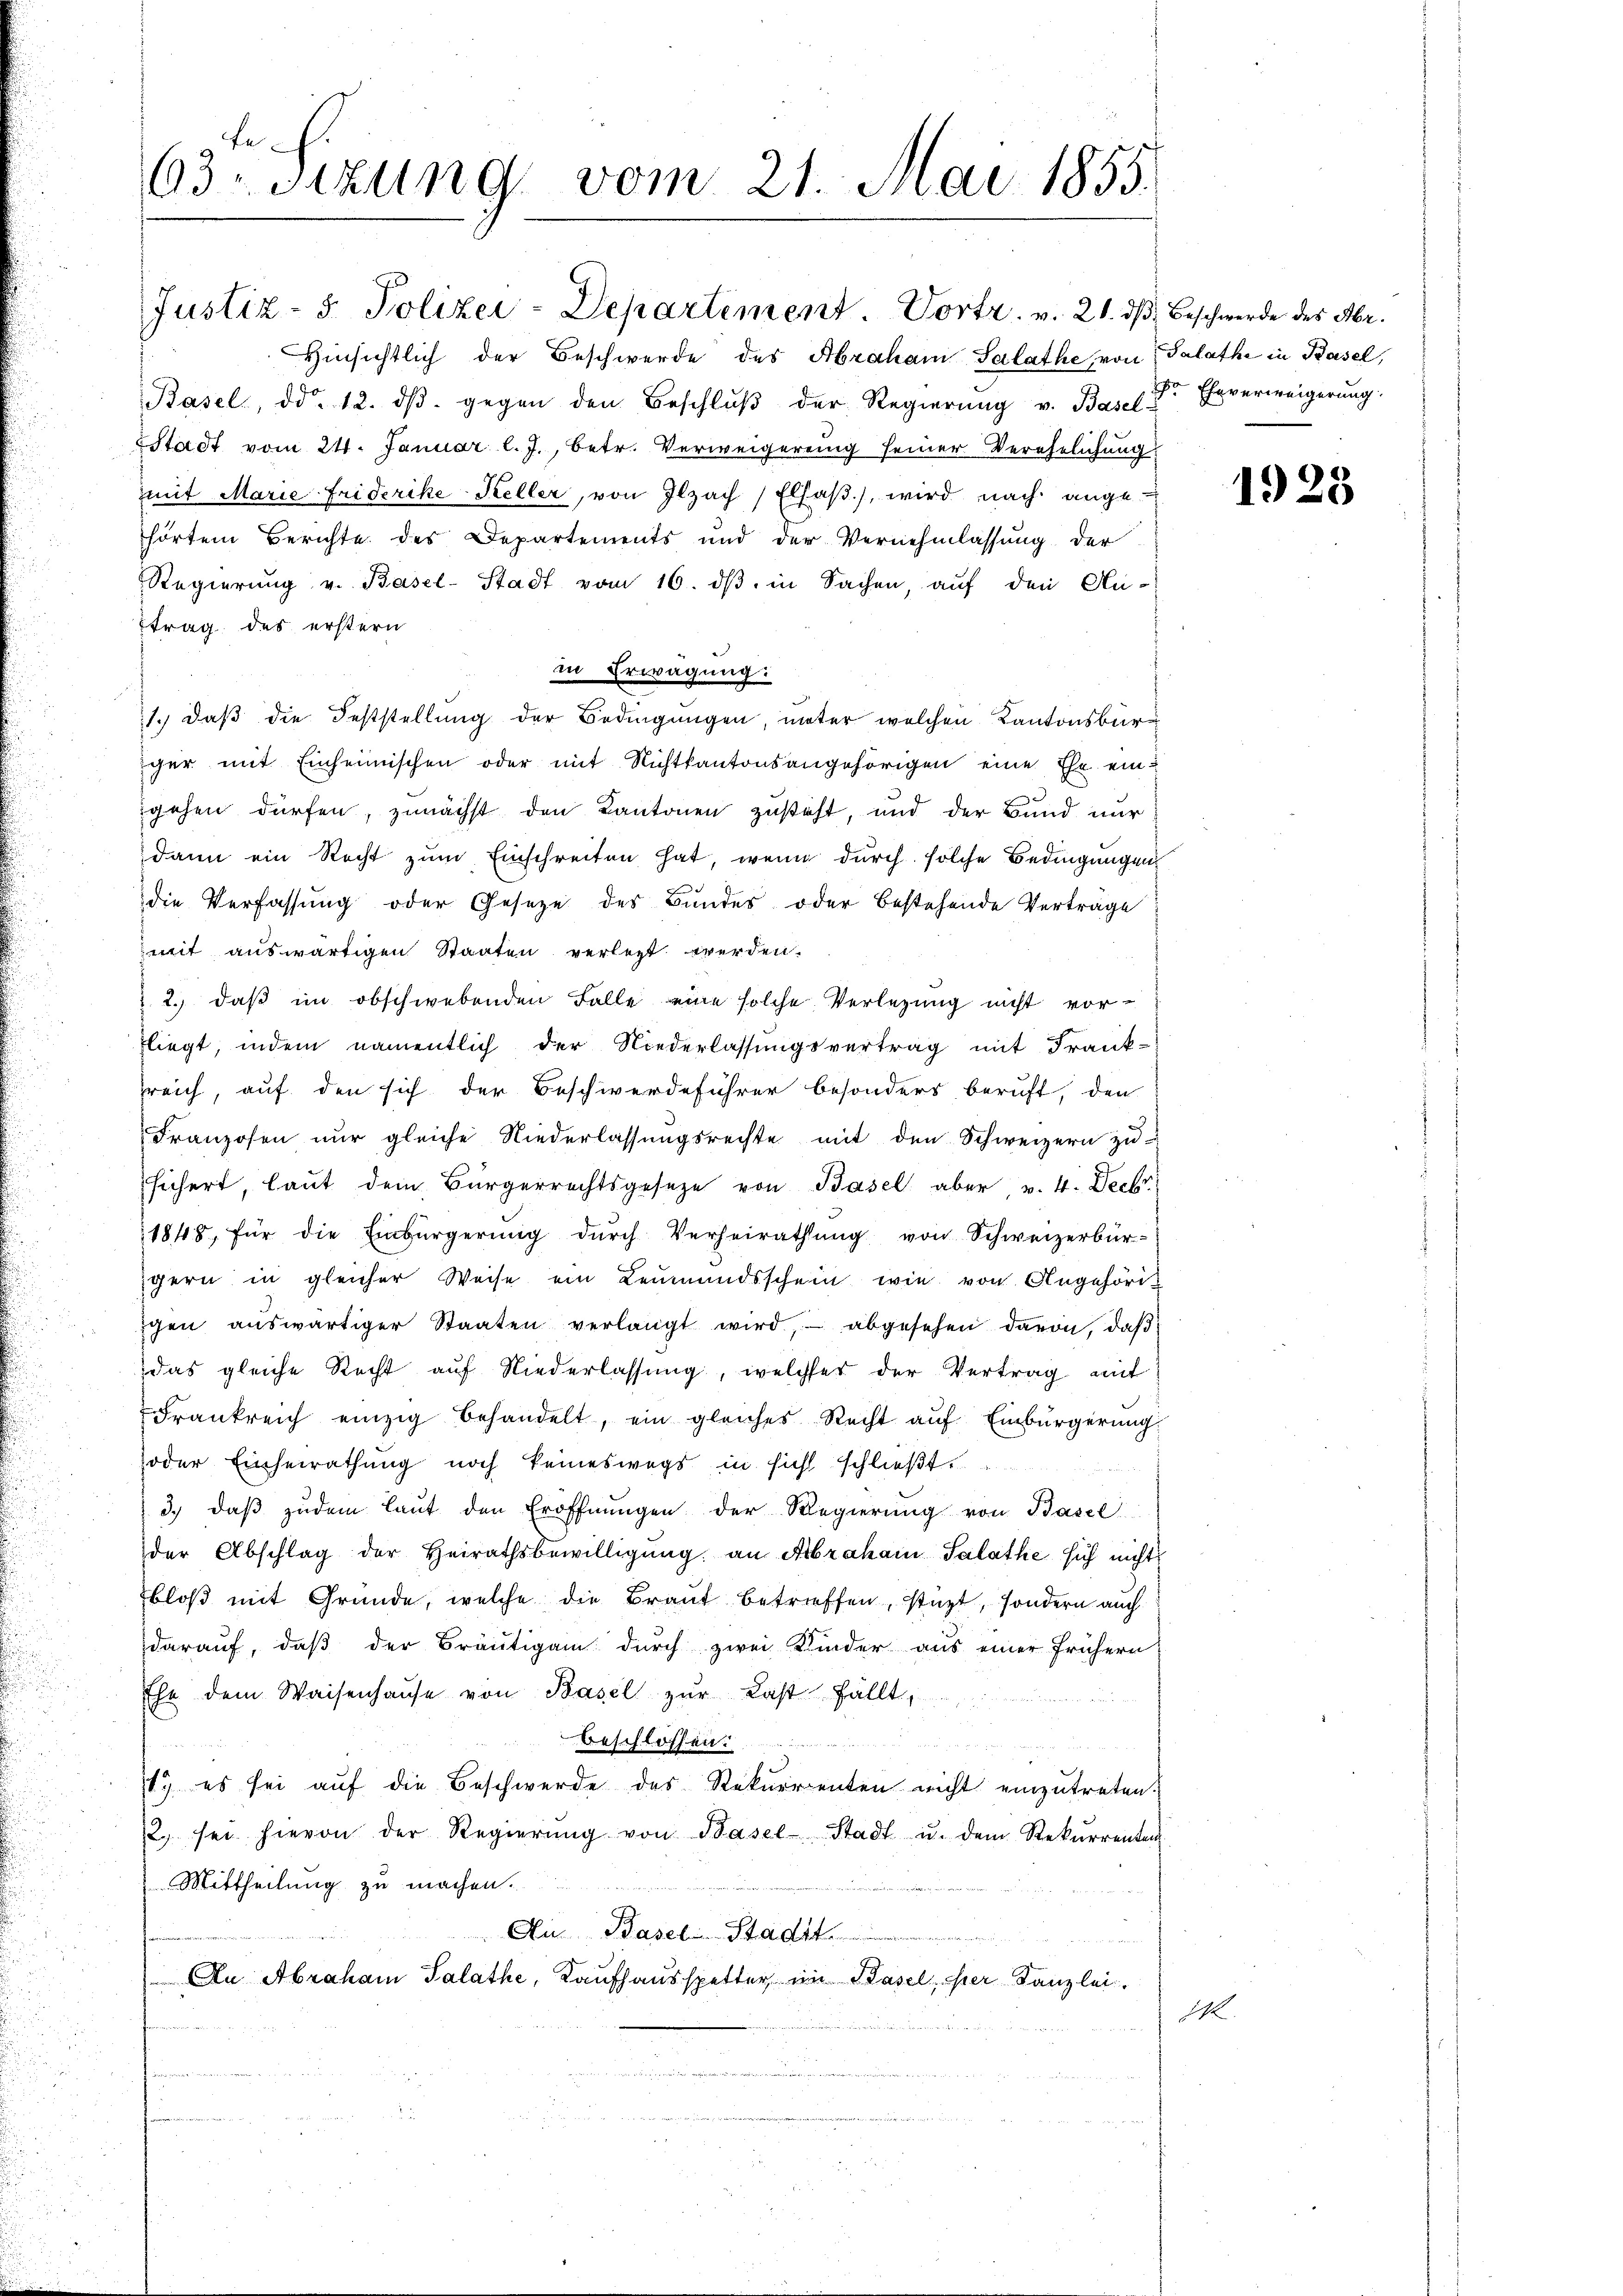
63. Sizung vom 21. Mai 1855.

Hinsichtlich der Beschwerde des Abraham Salathe von Salathe in Basel,
Basel, ddo. 12. dβ. gegen den Beschlŭβ der Regierŭng v. Basel der Eheverweigerung:
Stadt vom 24. Januar l. J., betr. Verweigerung seiner Verehelichung
mit Marie Friderike Keller, von Ilzach Elsaβ.), wird nach ange-
hörtem Berichte des Departements und der Vernehmlassung der
Regierung v. Basel-Stadt vom 16. dβ in Sachen, auf den An-
ttrag des erstern
in Erwägung:
1.) daß die Feststellung der Bedingungen, unter welchen Kantonsbürger mit Einheimischen oder mit Nichtkantonsangehörigen eine Ehe eingehen dürfen, zunächst den Kantonen zusteht, und der Bund nur
dann ein Recht zum Einschreiten hat, wenn durch solche Bedingungen
die Verfassung oder Gesetze des Bundes oder bestehende Verträge
mit auswärtigen Staaten verlegt werden.
 2.) daß im obschwebenden Falle eine solche Verlegung nicht vor-
fliegt, indem namentlich der Niederlassungsvertrag mit Frank-
reich, auf den sich der Beschwerdeführer besonders beruft, den
Franzosen nur gleiche Niederlassungsrechte mit den Schweizern zu
sichert, laut dem Bürgerrechtsgeseze von Basel aber v. 4. Deck
1848, für die Einbürgerŭng dŭrch Verheirathŭng von Schweizerbür-
gern in gleicher Weise ein Leumundsschein wie von Angehörigen aŭswärtiger Staaten verlangt wird, abgesehen davon, daβ
das gleiche Recht auf Niederlassung, welcher der Vertrag mit
Frankreich einzig behandelt, ein gleiches Recht auf Einbürgerung
oder Einheirathung noch keineswegs in sicht schließt:
3.) daß zudem laut den Eröffnŭngen der Regierŭng von Basel
der Abschlag der Heirathsbewilligŭng an Abraham Salathe sich nicht
bloß mit Gründe, welche die Braut betrieffen, stüzt, sondern auch
daraŭf, daβ der Bräŭtigam dŭrch zwei Kinder aus einer frühern
Ehe dem Waisenhaŭse von Basel zur Last fällt,
beschlossen.

1. es sei auf die Beschwerde des Rekurrenten nicht einzutreten.
2. sei hievon der Regierŭng von Basel-Stadt u. dem Rekŭrrenten
Mittheilung zu machen.
Ai Basel-Stadit
An Abraham Salathe, Kaufhausspetter, im Kasel, ser Kanzlei.

Justiz- 5. Polizei-Departement. Vortr. v. 21. dβ, Beschwerde des Abr.

M.

1923